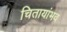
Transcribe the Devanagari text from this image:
चितायांभव